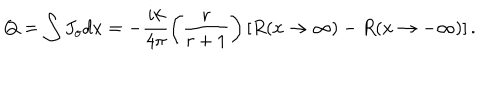
LaTeX: Q _ { } = \int J _ { o } d x = - \frac { i k } { 4 \pi } \left( \frac { r } { r + 1 } \right) \left[ R ( x \rightarrow \infty ) - R ( x \rightarrow - \infty ) \right] .